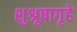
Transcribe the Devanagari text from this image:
शुश्रूषागृहे